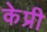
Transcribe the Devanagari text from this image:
केप्री